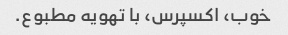
خوب، اکسپرس، با تهویه مطبوع.